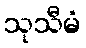
သုသီမံ